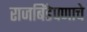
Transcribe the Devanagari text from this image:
राजबिंडेपणाचे